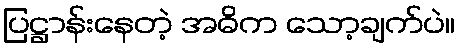
ပြဋ္ဌာန်းနေတဲ့ အဓိက သော့ချက်ပဲ။